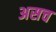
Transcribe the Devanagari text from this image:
असच